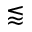
\lessapprox